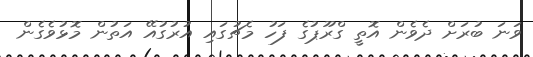
ވަނަ ބުރަށް ދެވެން އޮތީ ގްރޫޕުގެ ފަހު މެޗުގައި އުރުގުއޭ އަތުން މޮޅުވެގެން